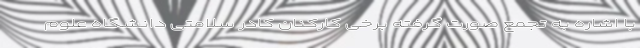
با اشاره به تجمع صورت گرفته برخی کارکنان کادر سلامتی دانشگاه علوم